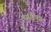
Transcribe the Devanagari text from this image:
सारीपुत्र